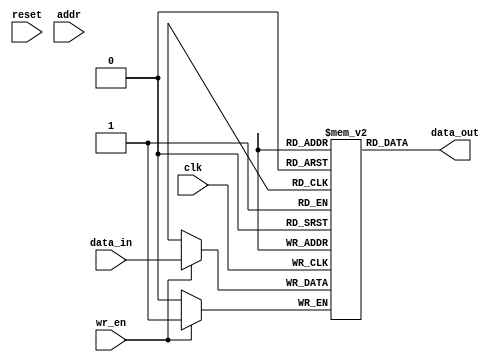
module ram#(
	   
	   parameter	WIDTH		= 1,
	   parameter	DEPTH		= 1,
	   parameter	ADDR_WIDTH	= $clog2(DEPTH)
	    )(

	      input 		     clk, // clock
	      input 		     reset, // Reset
	      input [WIDTH-1:0]      data_in, // Data In
	      input [ADDR_WIDTH-1:0] addr, // Write Address
	      input 		     wr_en, // Write Enable
	      output reg [WIDTH-1:0] data_out // Data Out
	      );
   
   
   reg [WIDTH-1:0] 		     mem	[DEPTH];
 
   
   


   always@(posedge clk)
     if(wr_en)
       mem[addr] <= data_in;

 always @ (*)
       data_out = mem[addr];
   
   
   
endmodule